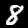
Digit: 8